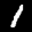
Label: 1